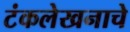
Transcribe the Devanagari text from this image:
टंकलेखनाचे